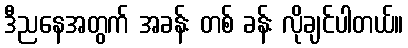
ဒီညနေအတွက် အခန်း တစ် ခန်း လိုချင်ပါတယ်။